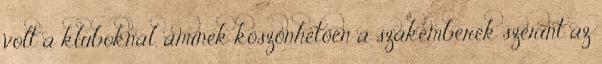
volt a kluboknál, aminek köszönhetően a szakemberek szerint az